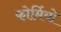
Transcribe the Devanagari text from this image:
फोर्मियो